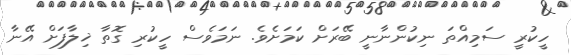
ހީކުރީ ސަމިއްތަ ނިކުންނާނީ ބޭރަށް ކަމަށެވެ. ނަމަވެސް ހީކުރި ގޮތާ ޚިލާފަށް އޭނާ